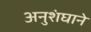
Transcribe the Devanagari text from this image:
अनुशंघाने